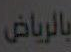
بالرياض